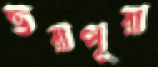
ভরাপূরা